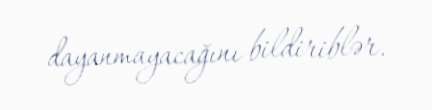
dayanmayacağını bildiriblər.